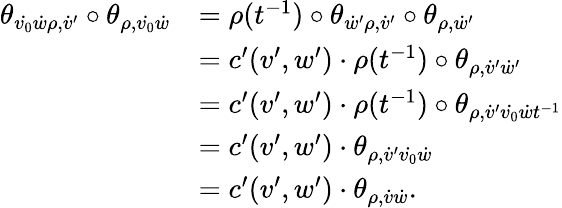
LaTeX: \begin{array}{rl}{\theta_{\dot{v_{0}}\dot{w}\rho,\dot{v}^{\prime}}\circ\theta_{\rho,\dot{v_{0}}\dot{w}}}&{=\rho(t^{-1})\circ\theta_{\dot{w}^{\prime}\rho,\dot{v}^{\prime}}\circ\theta_{\rho,\dot{w}^{\prime}}}\\ &{=c^{\prime}(v^{\prime},w^{\prime})\cdot\rho(t^{-1})\circ\theta_{\rho,\dot{v}^{\prime}\dot{w}^{\prime}}}\\ &{=c^{\prime}(v^{\prime},w^{\prime})\cdot\rho(t^{-1})\circ\theta_{\rho,\dot{v}^{\prime}\dot{v_{0}}\dot{w}t^{-1}}}\\ &{=c^{\prime}(v^{\prime},w^{\prime})\cdot\theta_{\rho,\dot{v}^{\prime}\dot{v_{0}}\dot{w}}}\\ &{=c^{\prime}(v^{\prime},w^{\prime})\cdot\theta_{\rho,\dot{v}\dot{w}}.}\end{array}